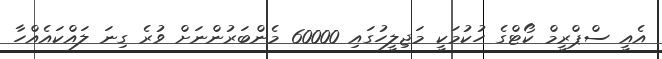
އެއީ ސްޕްރީމް ކޯޓްގެ ހުކުމަކީ މަޖިލީހުގައި 60000 މެންބަރުންނަށް ވުރެ ގިނަ ލައްކައެއްހާ